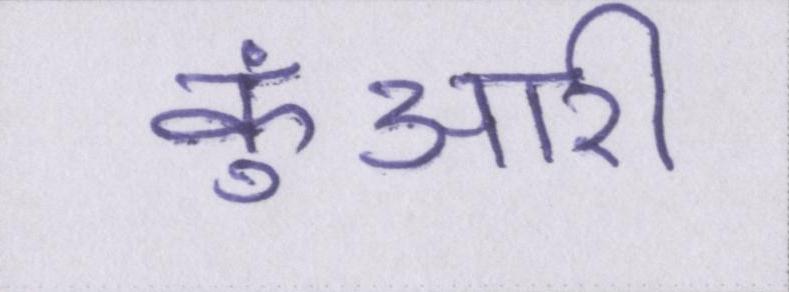
कुंआरी